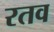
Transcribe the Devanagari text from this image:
रतव